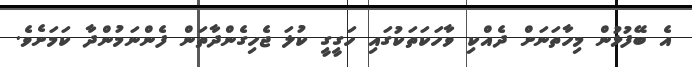
އެ ބޭފުޅުން މިހާތަނަށް ދެއްކި ވާހަކަތަކުގައި ހަގީގީ ކުލަ ޖެހިގެންދާތަން ފެންނަމުންދާ ކަމަށެވެ.